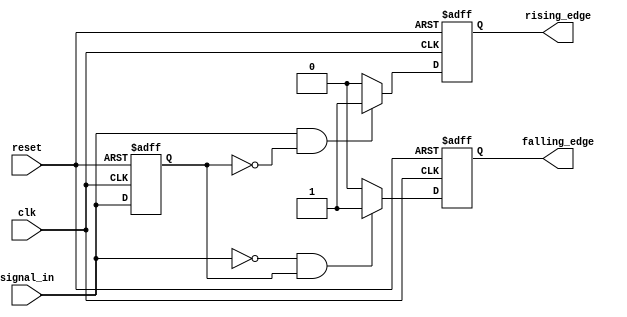
module dual_edge_detector (
    input wire clk,              // Clock input
    input wire reset,            // Asynchronous reset
    input wire signal_in,        // Input signal to detect edges
    output reg rising_edge,      // Rising edge output flag
    output reg falling_edge      // Falling edge output flag
);

    reg previous_state;          // Register to hold the previous state of signal_in

    // Asynchronous reset and state sampling logic
    always @(posedge clk or posedge reset) begin
        if (reset) begin
            previous_state <= 0; // Initialize previous state on reset
            rising_edge <= 0;     // Clear rising edge flag
            falling_edge <= 0;    // Clear falling edge flag
        end else begin
            // Edge detection logic
            rising_edge <= (signal_in == 1'b1 && previous_state == 1'b0) ? 1'b1 : 1'b0;
            falling_edge <= (signal_in == 1'b0 && previous_state == 1'b1) ? 1'b1 : 1'b0;
            // Update previous state
            previous_state <= signal_in;
        end
    end

endmodule